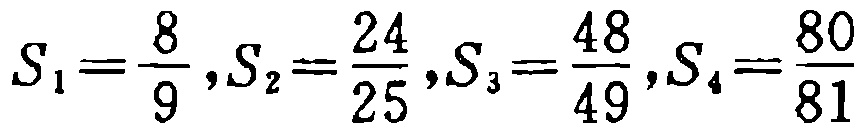
\(S_{1}=\frac{8}{9},S_{2}=\frac{24}{25},S_{3}=\frac{48}{49},S_{4}=\frac{80}{81}\)